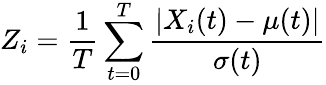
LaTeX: Z_{i}=\frac{1}{T}\sum_{t=0}^{T}\frac{|X_{i}(t)-\mu(t)|}{\sigma(t)}